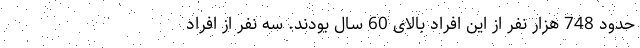
حدود 748 هزار نفر از این افراد بالای 60 سال بودند. سه نفر از افراد